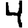
Digit: 4